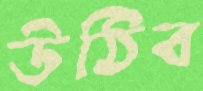
উঠিব